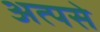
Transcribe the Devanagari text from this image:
अत्पसे